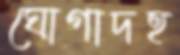
ঘোগাদহ